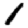
Digit: 1